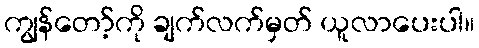
ကျွန်တော့်ကို ချက်လက်မှတ် ယူလာပေးပါ။